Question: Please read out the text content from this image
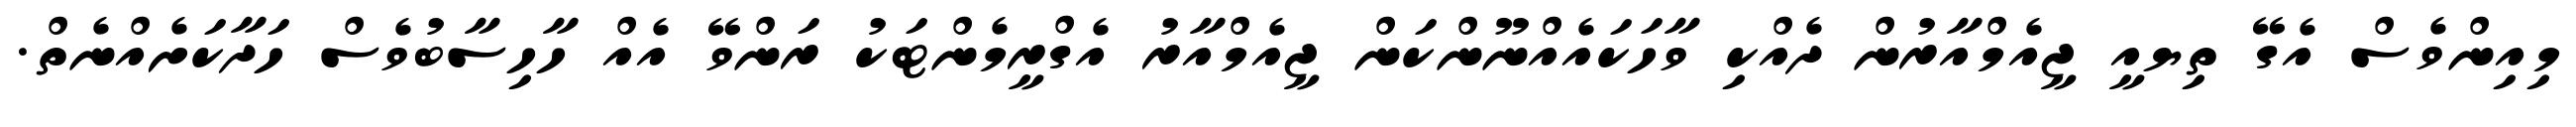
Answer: މިއިންވެސް އެގޭ ތިޔއީ ޖީއެމްއާރުން ދެއްކި ވާހަކައެއްނޫންކަން ޖީއެމްއާރު އެގްރީމެންޓަކު ރަންވޭ އެއް ހާހިސާބުވެސް ހަދާކަށެއްނެތް.